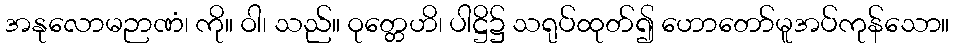
အနုလောမဉာဏံ၊ ကို။ ဝါ၊ သည်။ ဝုတ္တေဟိ၊ ပါဋ္ဌိ၌ သရုပ်ထုတ်၍ ဟောတော်မူအပ်ကုန်သော။